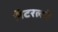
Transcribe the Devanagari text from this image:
लॅटरलचे